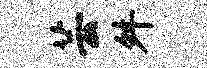
芸舛